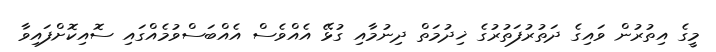
މީގެ އިތުރުން ވައިގެ ދަތުރުފަތުރުގެ ޚިދުމަތް ދިނުމާއި ގުޅޭ އެއްވެސް އެއްބަސްވުމެއްގައި ސޮއިކޮށްފައިވާ